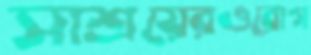
সাশ্রয়েরওরোগ